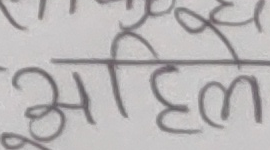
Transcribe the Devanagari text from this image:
अहिले